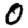
Digit: 0